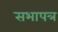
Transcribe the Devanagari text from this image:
सभापत्र